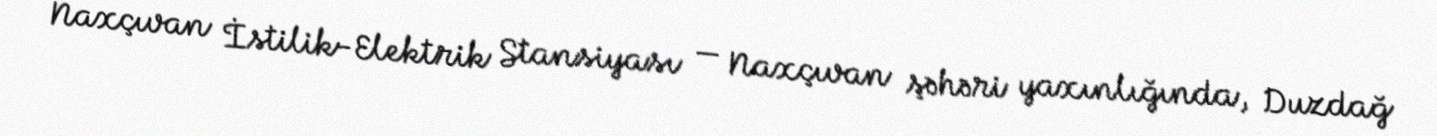
Naxçıvan İstilik-Elektrik Stansiyası — Naxçıvan şəhəri yaxınlığında, Duzdağ